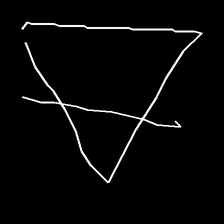
Glyph: empower